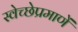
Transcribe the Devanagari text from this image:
स्वेच्छेप्रमाणें